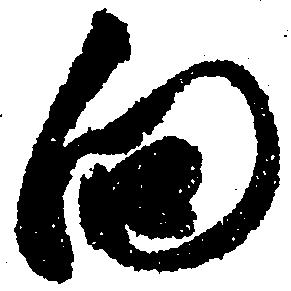
向